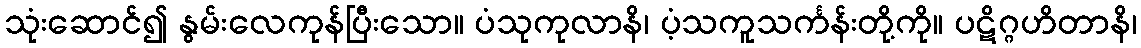
သုံးဆောင်၍ နွမ်းလေကုန်ပြီးသော။ ပံသုကုလာနိ၊ ပံ့သကူသင်္ကန်းတို့ကို။ ပဋိဂ္ဂဟိတာနိ၊